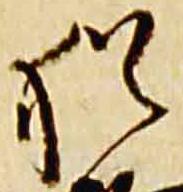
猶